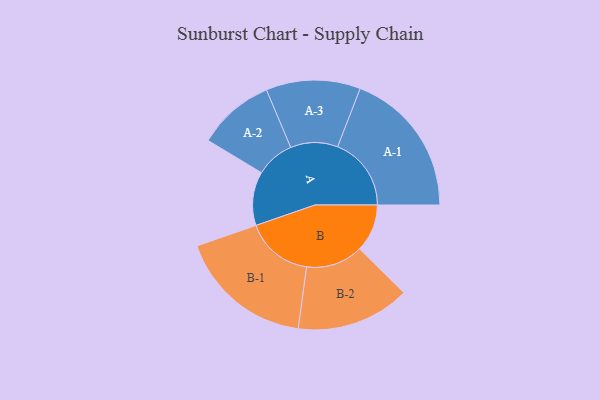
{"axis": {"x": "Segment", "y": "Value"}, "legend": ["", "A", "B"], "data": [{"x": "A", "y": 205, "type": ""}, {"x": "B", "y": 182, "type": ""}, {"x": "A-1", "y": 281, "type": "A"}, {"x": "A-2", "y": 147, "type": "A"}, {"x": "A-3", "y": 180, "type": "A"}, {"x": "B-1", "y": 258, "type": "B"}, {"x": "B-2", "y": 217, "type": "B"}]}